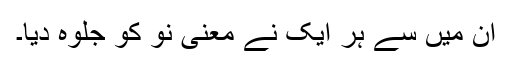
اُن میں سے ہر ایک نے معنیِ نَو کو جلوہ دیا۔